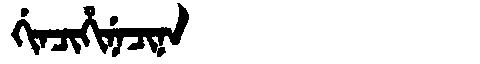
Manchu: ᡤᡳᠨᠴᡳᡥᡳᠨᡝᠴᡳᠨᠠ
Romanization: GINCIHINECINA